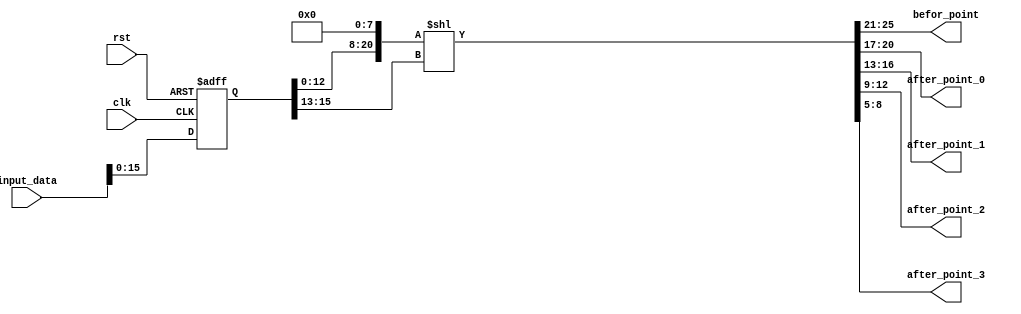
module fix_shift(
                input [31:0] input_data,
                input wire   clk,
                input wire   rst,
                output [4:0] befor_point,
                output [3:0] after_point_0,
                output [3:0] after_point_1,
                output [3:0] after_point_2,
                output [3:0] after_point_3
    );
   wire [25:0]                temp;
   reg [31:0]      data_reg;
   wire [15:0]     fix_num;
   wire  [2:0]      point_position;
   
   assign fix_num = {data_reg[12:0],3'b0};
   assign point_position = data_reg[15:13];
   
   assign temp = {5'b00000,fix_num,5'b00000} << point_position;
   assign {befor_point,after_point_0,after_point_1,after_point_2,after_point_3} = temp[25:5];
   
   always @ (posedge clk or negedge rst)
   begin
        if(rst == 0)
        begin
            data_reg <= 0;
        end 
        else
            data_reg <= input_data;
   end  
endmodule